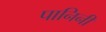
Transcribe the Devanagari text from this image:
पानिनी